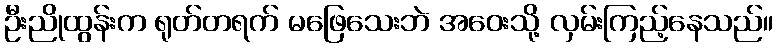
ဦးညိုထွန်းက ရုတ်တရက် မဖြေသေးဘဲ အဝေးသို့ လှမ်းကြည့်နေသည်။